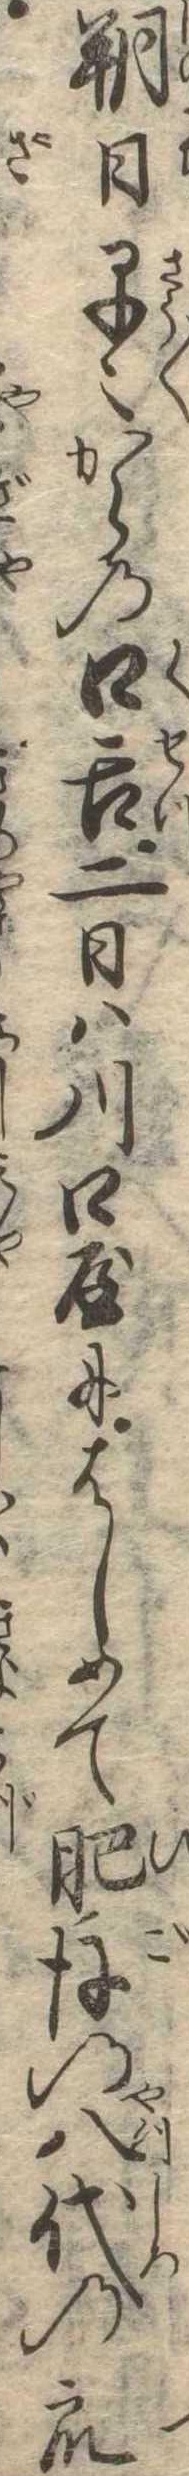
朔日早〻からの口舌二日は川口屋にはしめて肥後の八代の衆